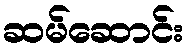
ဆမ်ဆောင်း